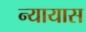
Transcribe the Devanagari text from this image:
न्यायास